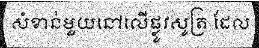
សំខាន់មួយនៅលើផ្លូវសូត្រ ដែល